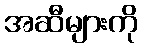
အဆီများကို